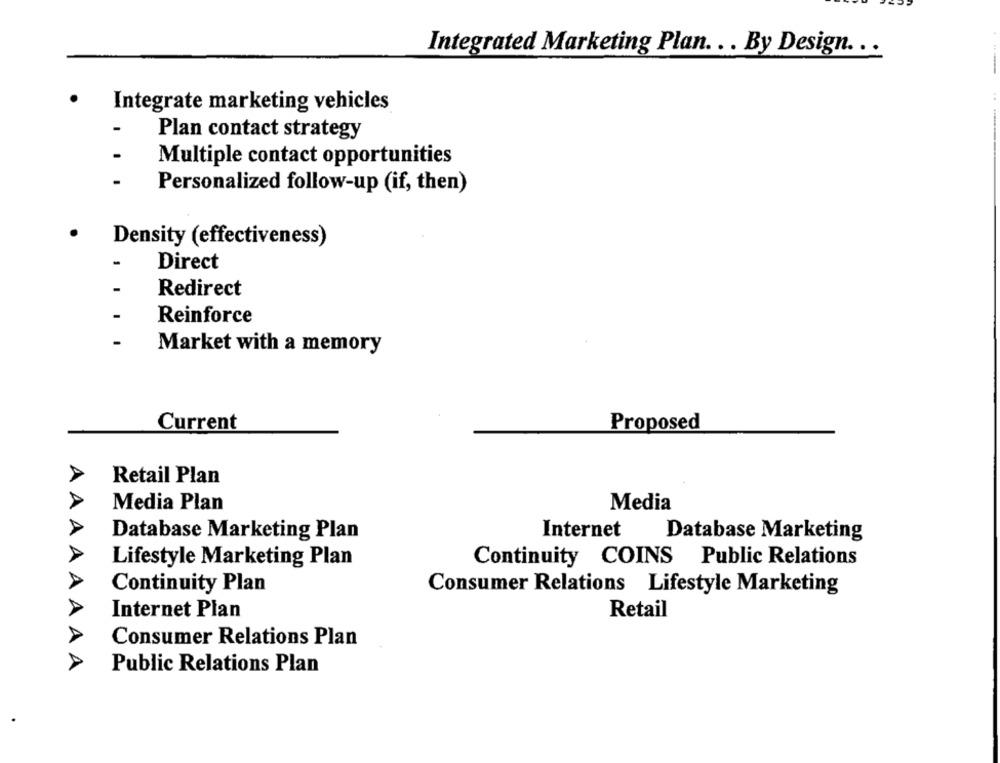
Integrated Marketing Plan. . . By Design .. .
Integrate marketing vehicles
Plan contact strategy
Multiple contact opportunities
. .
Personalized follow-up (if, then)
Density (effectiveness)
-
Direct
-
Redirect
Reinforce
Market with a memory
Current
Proposed
A
Retail Plan
Media Plan
Media
Internet
Database Marketing Plan
Database Marketing
Lifestyle Marketing Plan
Continuity COINS Public Relations
A
Continuity Plan
Consumer Relations Lifestyle Marketing
A
Internet Plan
Retail
Consumer Relations Plan
AA
Public Relations Plan